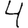
Digit: 4